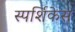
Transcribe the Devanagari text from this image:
स्पर्शिकेस